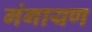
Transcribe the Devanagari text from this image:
गंगायण